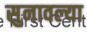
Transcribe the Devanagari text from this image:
सुनावल्या